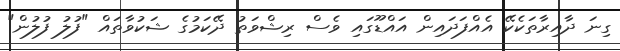
ގިނަ ދާއިރާތަކެކޭ އެއްފަދައިން އައްޑޫގައި ވެސް ރިޝްވަތު ދޭކަމުގެ ޝަކުވާތައް "ފުލު ފުލުން"